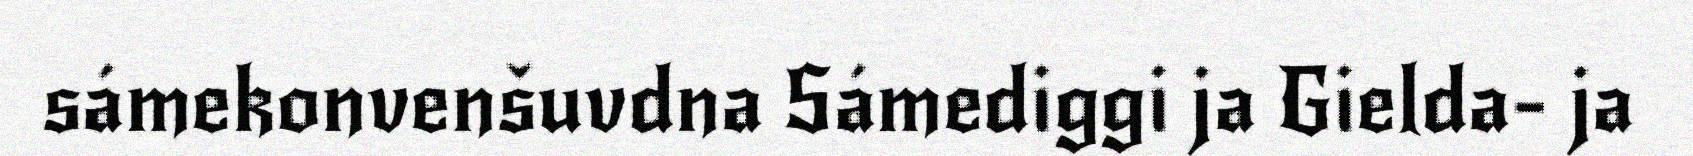
sámekonvenšuvdna Sámediggi ja Gielda- ja